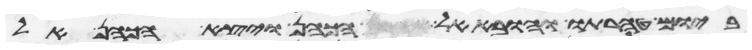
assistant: ביום טהרתו והובא אל הכהן ויצא הכהן אל